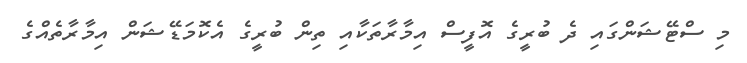
މި ސްޓޭޝަންގައި ދެ ބުރީގެ އޮފީސް އިމާރާތަކާއި ތިން ބުރީގެ އެކޮމަޑޭޝަން އިމާރާތެއްގެ